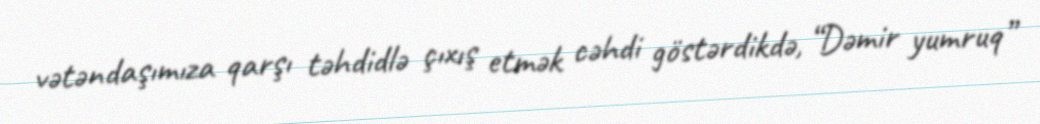
vətəndaşımıza qarşı təhdidlə çıxış etmək cəhdi göstərdikdə, “Dəmir yumruq”